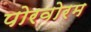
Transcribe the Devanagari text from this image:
पोरवोरम